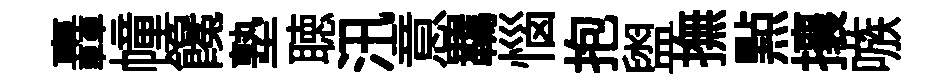
轟幢饞塾聴汛意羈惱抱盥撫㸃攘嗾